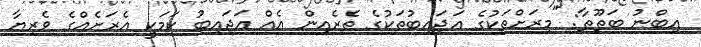
އިބްނު ބަޠޫޠާ: "މިރަށްތަކުގެ ޢަޖައިބުތަކުގެ ތެރެއިން އެއް ޢަޖައިބު ކަމަކީ އެރަށެއްގެ ވެރިޔާ